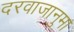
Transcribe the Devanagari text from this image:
दरवाजानुमा